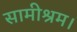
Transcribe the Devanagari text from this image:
सामीश्रम।